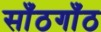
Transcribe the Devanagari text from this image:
साँठगाँठ